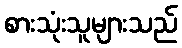
စားသုံးသူများသည်